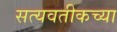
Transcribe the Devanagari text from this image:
सत्यवतीकच्या